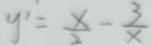
y ^ { \prime } = \frac { x } { 2 } - \frac { 3 } { x }